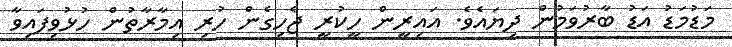
މަޑުމަޑު އަޑު ބާރުވަމުން ދިޔައެވެ. އައިރީން ހީކުރީ ޖެހިގެން ހުރި އިމާރާތުން ހުޅުވިފައިވާ